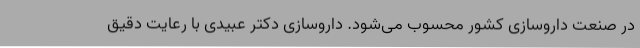
در صنعت داروسازی کشور محسوب می‌شود. داروسازی دکتر عبیدی با رعایت دقیق